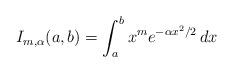
LaTeX: \begin{align*} I_{m, \alpha}(a, b) = \int_a^b x^m e^{-\alpha x^2/2} \, dx\end{align*}